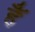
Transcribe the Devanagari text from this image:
हैॅ